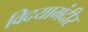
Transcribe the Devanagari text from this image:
विदयामंदीर